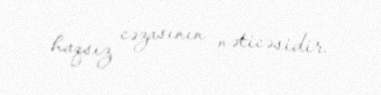
haqsız cəzasının nəticəsidir.